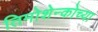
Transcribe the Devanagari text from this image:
तिमोशेन्कोच्या